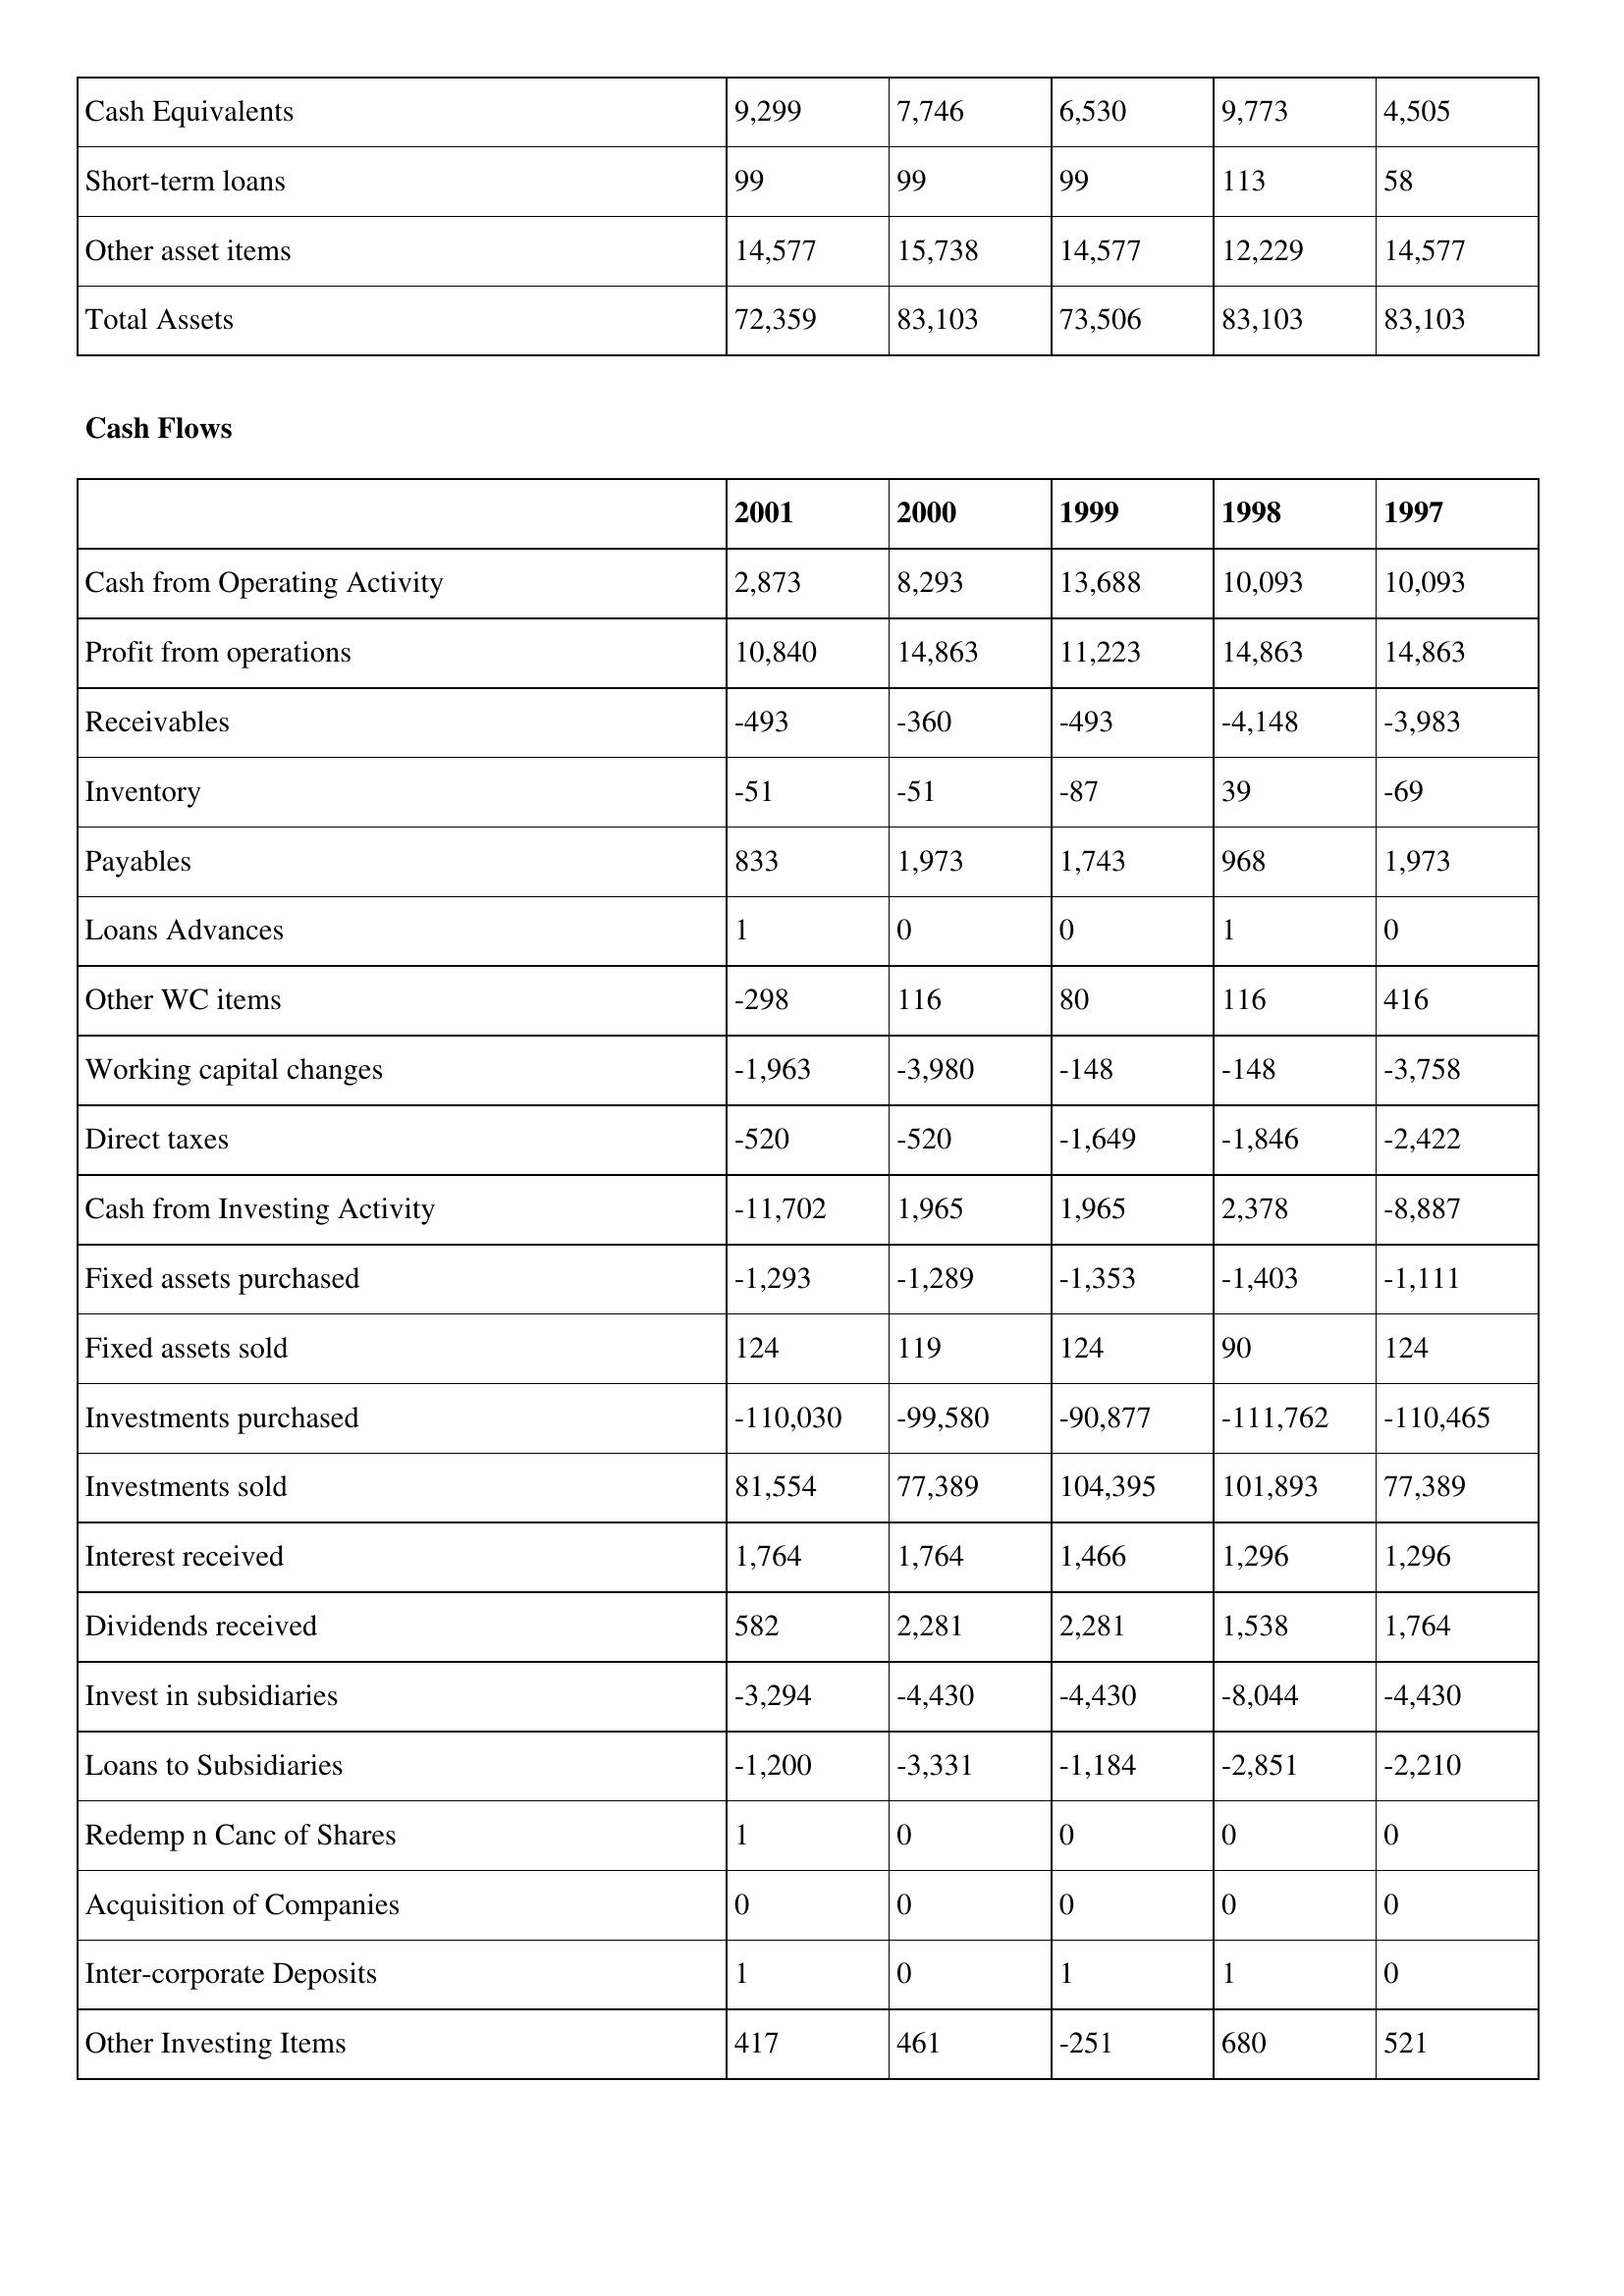
gt_parse: 2001: Balance Sheet: Cash Equivalents: 9,299
Short-term loans: 99
Other asset items: 14,577
Total Assets: 72,359
Cash Flows: Cash from Operating Activity: 2,873
Profit from operations: 10,840
Receivables: -493
Inventory: -51
Payables: 833
Loans Advances: 1
Other WC items: -298
Working capital changes: -1,963
Direct taxes: -520
Cash from Investing Activity: -11,702
Fixed assets purchased: -1,293
Fixed assets sold: 124
Investments purchased: -110,030
Investments sold: 81,554
Interest received: 1,764
Dividends received: 582
Invest in subsidiaries: -3,294
Loans to Subsidiaries: -1,200
Redemp n Canc of Shares: 1
Acquisition of Companies: 0
Inter-corporate Deposits: 1
Other Investing Items: 417
2000: Balance Sheet: Cash Equivalents: 7,746
Short-term loans: 99
Other asset items: 15,738
Total Assets: 83,103
Cash Flows: Cash from Operating Activity: 8,293
Profit from operations: 14,863
Receivables: -360
Inventory: -51
Payables: 1,973
Loans Advances: 0
Other WC items: 116
Working capital changes: -3,980
Direct taxes: -520
Cash from Investing Activity: 1,965
Fixed assets purchased: -1,289
Fixed assets sold: 119
Investments purchased: -99,580
Investments sold: 77,389
Interest received: 1,764
Dividends received: 2,281
Invest in subsidiaries: -4,430
Loans to Subsidiaries: -3,331
Redemp n Canc of Shares: 0
Acquisition of Companies: 0
Inter-corporate Deposits: 0
Other Investing Items: 461
1999: Balance Sheet: Cash Equivalents: 6,530
Short-term loans: 99
Other asset items: 14,577
Total Assets: 73,506
Cash Flows: Cash from Operating Activity: 13,688
Profit from operations: 11,223
Receivables: -493
Inventory: -87
Payables: 1,743
Loans Advances: 0
Other WC items: 80
Working capital changes: -148
Direct taxes: -1,649
Cash from Investing Activity: 1,965
Fixed assets purchased: -1,353
Fixed assets sold: 124
Investments purchased: -90,877
Investments sold: 104,395
Interest received: 1,466
Dividends received: 2,281
Invest in subsidiaries: -4,430
Loans to Subsidiaries: -1,184
Redemp n Canc of Shares: 0
Acquisition of Companies: 0
Inter-corporate Deposits: 1
Other Investing Items: -251
1998: Balance Sheet: Cash Equivalents: 9,773
Short-term loans: 113
Other asset items: 12,229
Total Assets: 83,103
Cash Flows: Cash from Operating Activity: 10,093
Profit from operations: 14,863
Receivables: -4,148
Inventory: 39
Payables: 968
Loans Advances: 1
Other WC items: 116
Working capital changes: -148
Direct taxes: -1,846
Cash from Investing Activity: 2,378
Fixed assets purchased: -1,403
Fixed assets sold: 90
Investments purchased: -111,762
Investments sold: 101,893
Interest received: 1,296
Dividends received: 1,538
Invest in subsidiaries: -8,044
Loans to Subsidiaries: -2,851
Redemp n Canc of Shares: 0
Acquisition of Companies: 0
Inter-corporate Deposits: 1
Other Investing Items: 680
1997: Balance Sheet: Cash Equivalents: 4,505
Short-term loans: 58
Other asset items: 14,577
Total Assets: 83,103
Cash Flows: Cash from Operating Activity: 10,093
Profit from operations: 14,863
Receivables: -3,983
Inventory: -69
Payables: 1,973
Loans Advances: 0
Other WC items: 416
Working capital changes: -3,758
Direct taxes: -2,422
Cash from Investing Activity: -8,887
Fixed assets purchased: -1,111
Fixed assets sold: 124
Investments purchased: -110,465
Investments sold: 77,389
Interest received: 1,296
Dividends received: 1,764
Invest in subsidiaries: -4,430
Loans to Subsidiaries: -2,210
Redemp n Canc of Shares: 0
Acquisition of Companies: 0
Inter-corporate Deposits: 0
Other Investing Items: 521